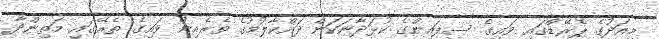
މިއަދުގެ ޕެރޭޑްގައި ވައިގެ ސިފައިންގެ ކުޅަދާނަކަން ދައްކާލުމުގެ ތެރެއިން ވައިގެ ތެރޭގައި މަތިންދާ